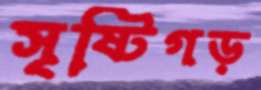
সৃষ্টিগড়